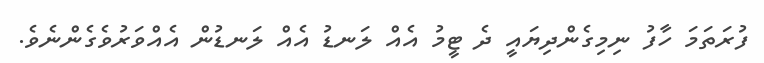
ފުރަތަމަ ހާފު ނިމިގެންދިޔައީ ދެ ޓީމު އެއް ލަނޑު އެއް ލަނޑުން އެއްވަރުވެގެންނެވެ.